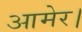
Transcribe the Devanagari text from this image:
आमेर।